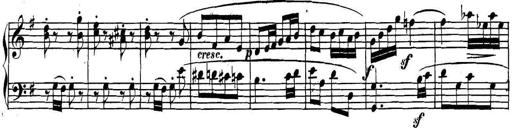
Title: Collected Piano Sonatas
Composer: Muzio Clementi